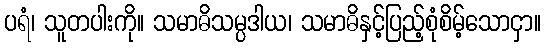
ပရံ၊ သူတပါးကို။ သမာဓိသမ္ပဒါယ၊ သမာဓိနှင့်ပြည့်စုံစိမ့်သောငှာ။